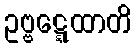
ဥဗ္ဗဋ္ဋေထာတိ